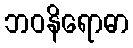
ဘဝနိရောဓာ